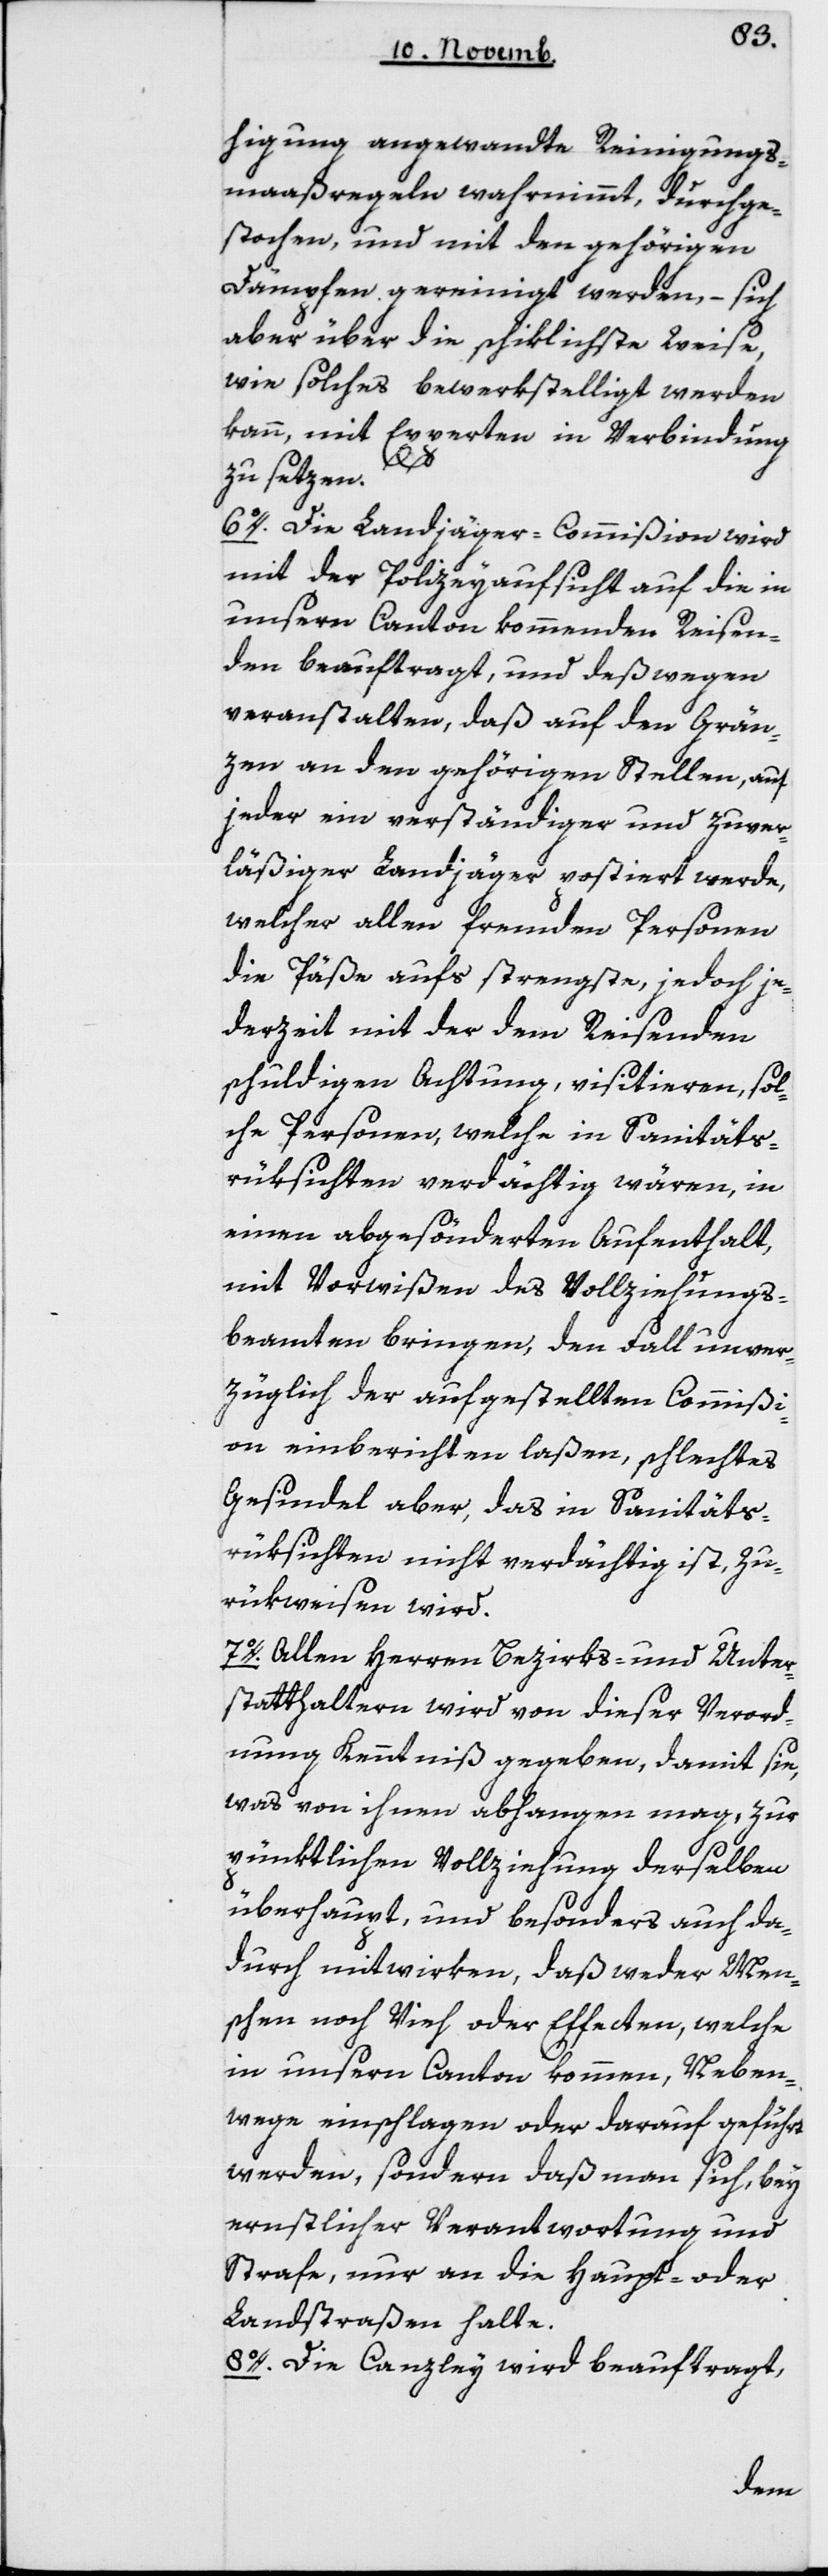
higung angewandte Reinigungs-m¬
aaßregeln wahrnimmt, durchge¬
sprochen, und mit den gehörigen
Dämpfen gereinigt werden, – sich
aber über die schiklichste Weise,
wie solches bewerkstelligt werden
kann, mit Experten in Verbindung
zu setzen.
6. Die Landjäger-Commißion wird
mit der Polizeyaufsicht auf die in
unsern Canton kommenden Reisen¬
den beauftragt, und deswegen
veranstalten, daß auf den Gren¬
zen an den gehörigen Stellen, auf
jeder ein verständiger und zuver¬
läßiger Landjäger postiert werde,
welcher allen fremden Personen
die Päße aufs strengste, jedoch je¬
derzeit mit der dem Reisenden
schuldigen Achtung, visitieren, sol¬
che Personen, welche in Sanitäts¬
rüksichten verdächtig wären, in
einen abgesönderten Aufenthalt,
mit Vorwißen des Vollziehungs¬
beamten bringen, den Fall unver¬
züglich der aufgestellten Commißi¬
on einberichten laßen, schlechtes
Gesindel aber, das in Sanitäts¬
rüksichten nicht verdächtig ist, zu¬
rükweisen wird.
7. Allen Herren Bezirks- und Unter¬
statthaltern wird von dieser Verord¬
nung Kenntniß gegeben, damit sie,
was von ihnen abhangen mag, zur
pünktlichen Vollziehung derselben
überhaupt, und besonders auch da¬
durch mitwirken, daß weder Men¬
schen noch Vieh oder Effecten, welche
in unsern Canton kommen, Neben¬
wege einschlagen oder darauf geführt
werden, sondern daß man sich, bey
ernstlicher Verantwortung und
Strafe, nur an die Haupt- oder
Landstraßen halte.
8. Die Canzley wird beauftragt,